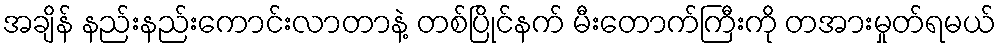
အချိန် နည်းနည်းကောင်းလာတာနဲ့ တစ်ပြိုင်နက် မီးတောက်ကြီးကို တအားမှုတ်ရမယ်